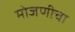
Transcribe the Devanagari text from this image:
मोजणीचा